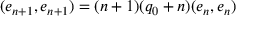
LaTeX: ( e _ { n + 1 } , e _ { n + 1 } ) = ( n + 1 ) ( q _ { 0 } + n ) ( e _ { n } , e _ { n } )